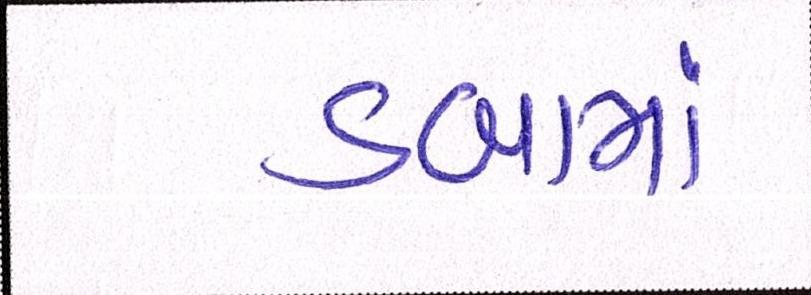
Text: ડબામાં